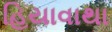
હિયાવાથા